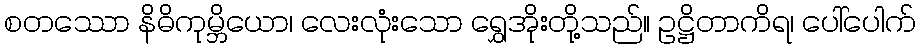
စတဿော နိဓိကုမ္ဘိယော၊ လေးလုံးသော ရွှေအိုးတို့သည်။ ဥဋ္ဌိတာကိရ၊ ပေါ်ပေါက်